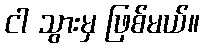
ငါ သွားမှ ဖြစ်မယ်။